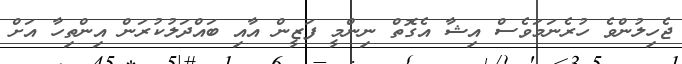
ޖެހިލުންވެ ހުރެނަމަވެސް އިޝާ އެގޮތް ނިންމީ ފަޒީން އާއި ބައްދަލުކުރަން އިންތިހާ އަށް